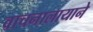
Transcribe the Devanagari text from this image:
वाचनालायाने